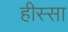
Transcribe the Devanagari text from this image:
हीस्सा